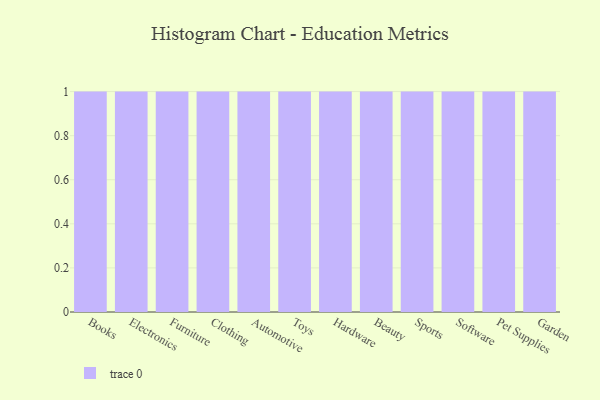
{"axis": {"x": "Category", "y": "Waste Production (Tons)"}, "legend": [""], "data": [{"x": "Books", "y": 89, "type": ""}, {"x": "Electronics", "y": 6, "type": ""}, {"x": "Furniture", "y": 73, "type": ""}, {"x": "Clothing", "y": 74, "type": ""}, {"x": "Automotive", "y": 95, "type": ""}, {"x": "Toys", "y": 7, "type": ""}, {"x": "Hardware", "y": 58, "type": ""}, {"x": "Beauty", "y": 83, "type": ""}, {"x": "Sports", "y": 82, "type": ""}, {"x": "Software", "y": 11, "type": ""}, {"x": "Pet Supplies", "y": 2, "type": ""}, {"x": "Garden", "y": 95, "type": ""}]}